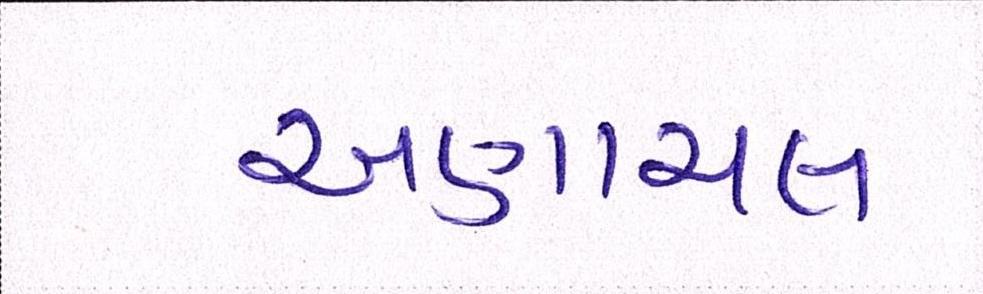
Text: અણાચલ